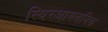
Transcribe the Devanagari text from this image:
स्थिरआयतनिक